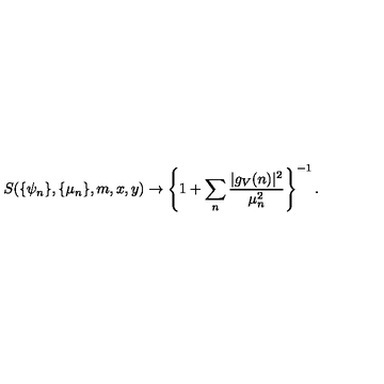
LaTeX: S ( \{ \psi _ { n } \} , \{ \mu _ { n } \} , m , x , y ) \rightarrow \left\{ 1 + \sum _ { n } \frac { | g _ { V } ( n ) | ^ { 2 } } { \mu _ { n } ^ { 2 } } \right\} ^ { - 1 } .